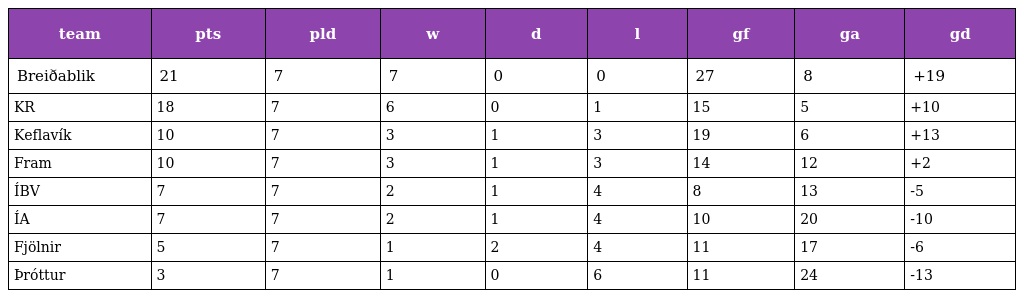
| team | pts | pld | w | d | l | gf | ga | gd |
 | --- | --- | --- | --- | --- | --- | --- | --- | --- |
 | Breiðablik | 21 | 7 | 7 | 0 | 0 | 27 | 8 | +19 |
 | KR | 18 | 7 | 6 | 0 | 1 | 15 | 5 | +10 |
 | Keflavík | 10 | 7 | 3 | 1 | 3 | 19 | 6 | +13 |
 | Fram | 10 | 7 | 3 | 1 | 3 | 14 | 12 | +2 |
 | ÍBV | 7 | 7 | 2 | 1 | 4 | 8 | 13 | -5 |
 | ÍA | 7 | 7 | 2 | 1 | 4 | 10 | 20 | -10 |
 | Fjölnir | 5 | 7 | 1 | 2 | 4 | 11 | 17 | -6 |
 | Þróttur | 3 | 7 | 1 | 0 | 6 | 11 | 24 | -13 |